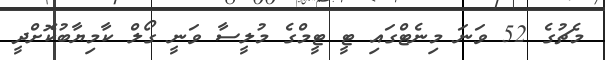
މެޗުގެ 52 ވަނަ މިނެޓްގައި ޓީ ޓީމްގެ މުލީސާ ވަނީ ގޯލް ކާމިޔާބުކޮށްދީ